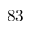
8 3